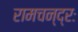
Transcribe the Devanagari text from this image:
रामचन्द्रः